Vaccination United Provinces of Agra and Oudh 1923-1928 - 1923-1928
Year: 1923
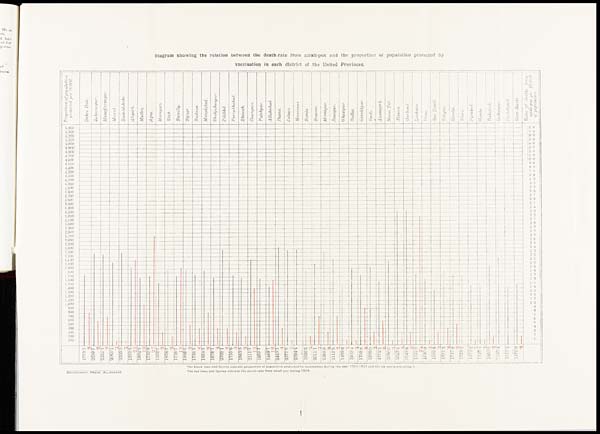
Diagram showing the relation between the death-rate from small-pox and the proportion of population protected by
vaccination in each district of the United Provinces.
The black lines and figures indicate proportion of population protected by vaccination during the year 1924-1925 and the six years preceding it.
The red lines and figures indicate the death-rate from small-pox during 1924.